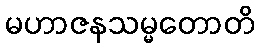
မဟာဇနသမ္မတောတိ